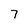
Character: 7